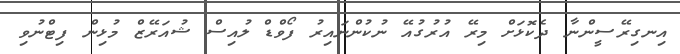
އިނގިރޭސީންނާ ދެކޮޅަށް މިރޭ އުރުގުއޭ ނުކުންނައިރު ފޯވްޑް ލުއިސް ޝުއަރޭޒް މުޅިން ފިޓްނުވި